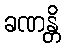
ခဏန္တိ